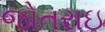
જોતરાઇ